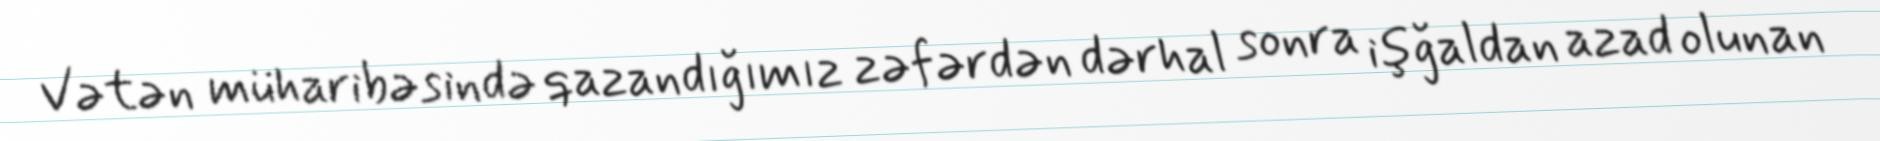
Vətən müharibəsində qazandığımız zəfərdən dərhal sonra işğaldan azad olunan